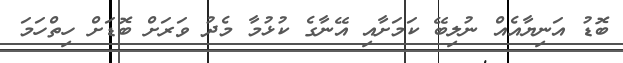
ބޮޑު އަނިޔާއެއް ނުލިބޭ ކަމަށާއި އޭނާގެ ކުޅުމާ މެދު ވަރަށް ބޮޑަށް ހިތްހަމަ